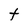
Character: t